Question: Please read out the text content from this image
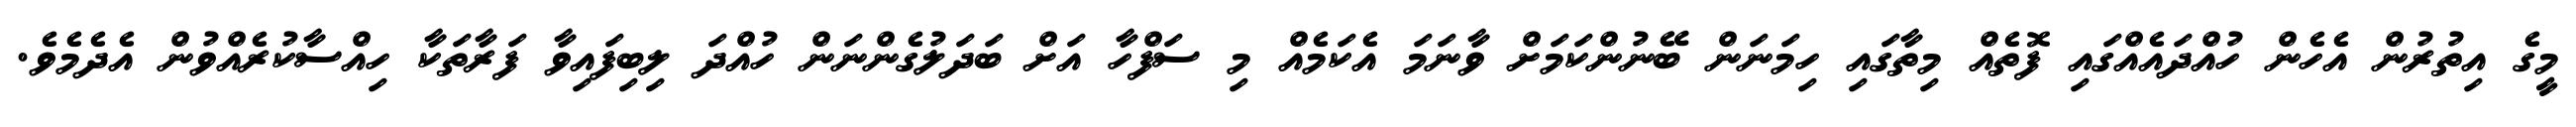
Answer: މީގެ އިތުރުން އެހެން ހުއްދައެއްގައި ފޮތެއް މިތާގައި ހިމަނަން ބޭނުންކަމަށް ވާނަމަ އެކަމެއް މި ސަފްހާ އަށް ބަދަލުގެންނަން ހުއްދަ ލިބިފައިވާ ފަރާތަކާ ހިއްސާކުރެއްވުން އެދެމެވެ.